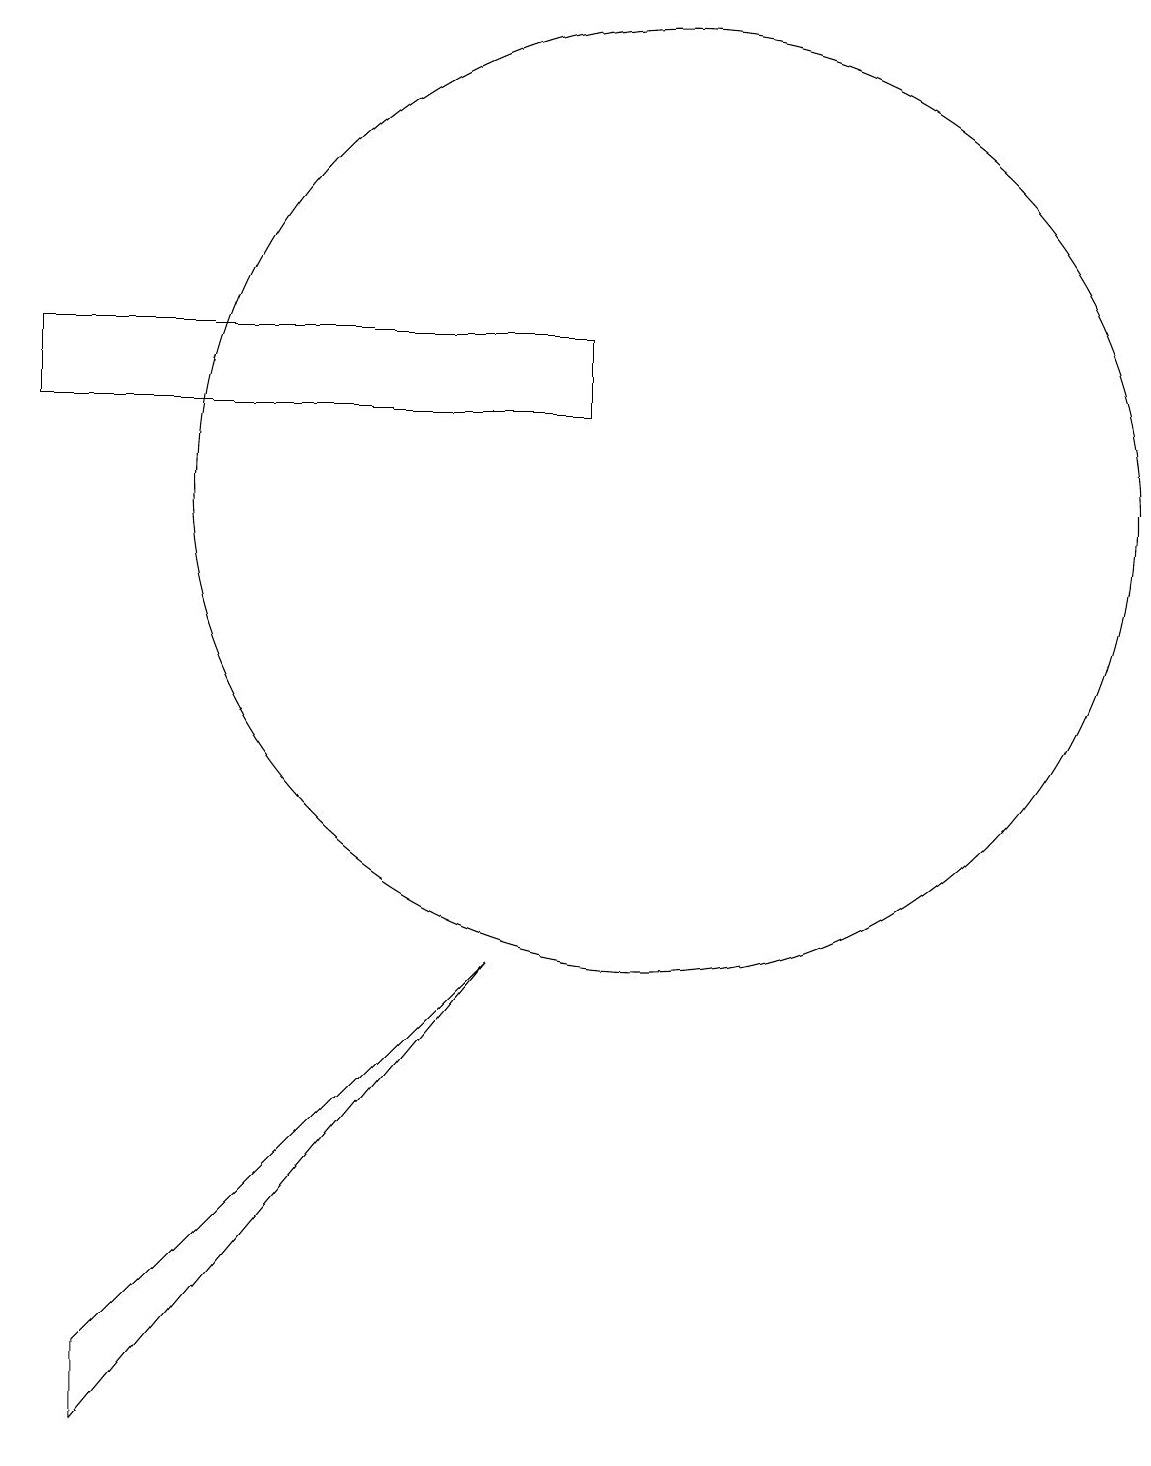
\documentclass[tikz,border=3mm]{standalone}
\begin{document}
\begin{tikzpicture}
\draw (12,12) circle (0);
\draw (10,12) circle (6);
\draw (3,0) -- (3,1) -- (8,6) -- cycle;
\draw (2,14) rectangle (9,13);
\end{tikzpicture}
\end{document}